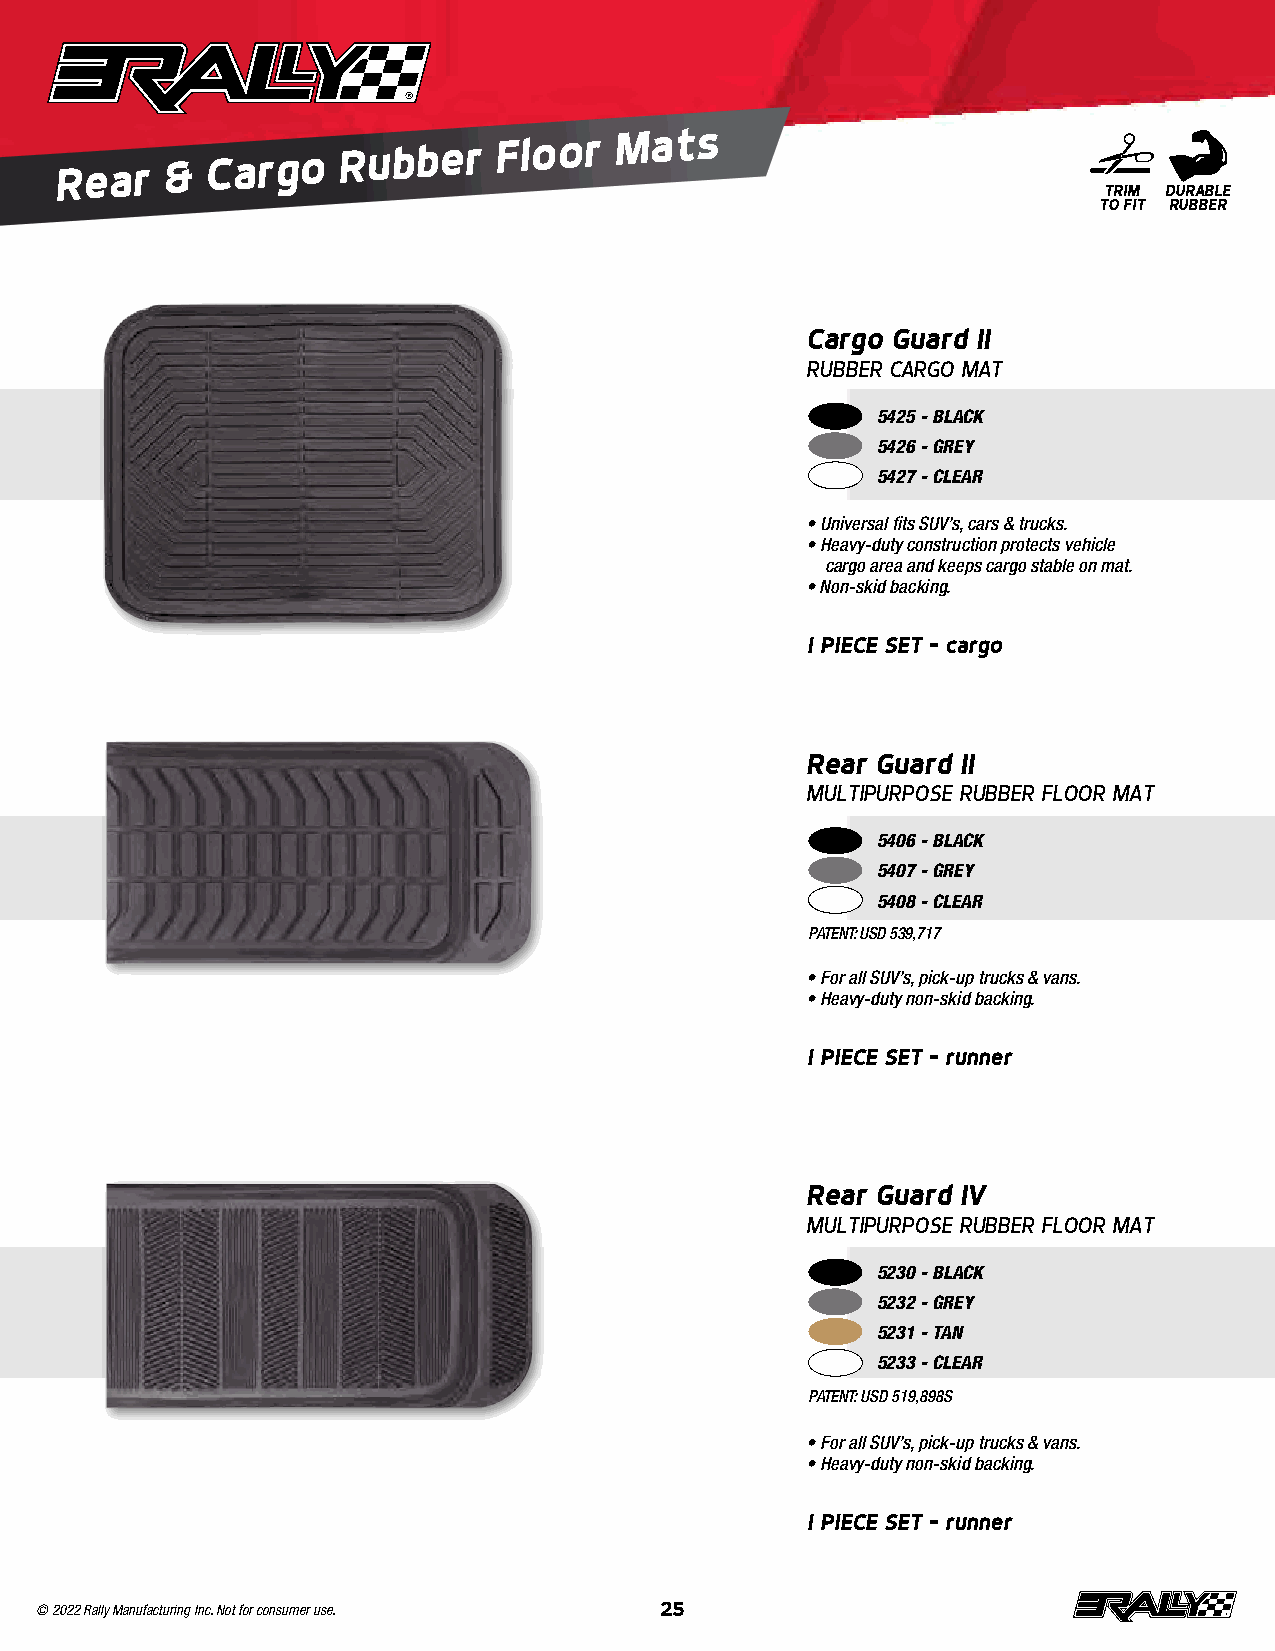
Rear   &
 Cargo
 Rubber
 Floor
 Mats
 TRIM DURABLE
 TO FIT RUBBER
 Cargo Guard II
 RUBBER CARGO MAT
 5425 - BLACK
 5426 - GREY
 5427 - CLEAR
 • Universal fits SUV’s, cars & trucks .
 • Heavy-duty construction protects vehicle
 cargo area and keeps cargo stable on mat .
 • Non-skid backing .
 1 PIECE SET – cargo
 Rear Guard II
 MULTIPURPOSE RUBBER FLOOR MAT
 5406 - BLACK
 5407 - GREY
 5408 - CLEAR
 PATENT: USD 539,717
 • For all SUV’s, pick-up trucks & vans .
 • Heavy-duty non-skid backing .
 1 PIECE SET – runner
 Rear Guard IV
 MULTIPURPOSE RUBBER FLOOR MAT
 5230 - BLACK
 5232 - GREY
 5231 - TAN
 5233 - CLEAR
 PATENT: USD 519,898S
 • For all SUV’s, pick-up trucks & vans .
 • Heavy-duty non-skid backing .
 1 PIECE SET – runner
 © 2022 Rally Manufacturing Inc. Not for consumer use. 25